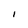
Character: I